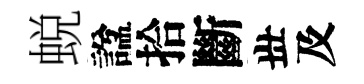
蜕諡拾斷丗及